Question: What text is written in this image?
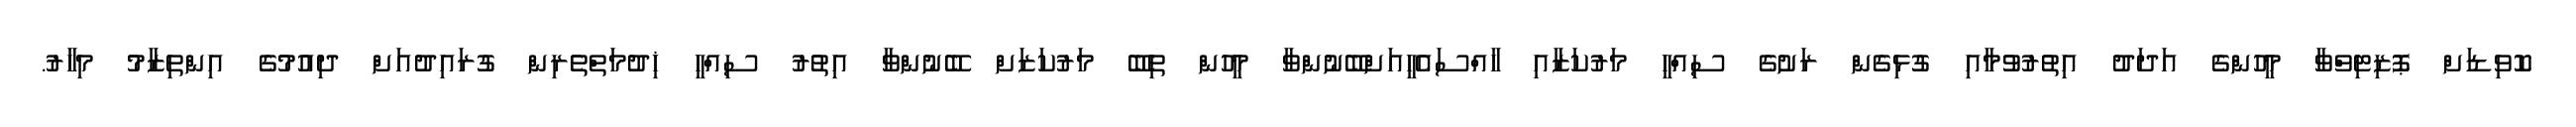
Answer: ކޮވިޑަށް ޕޮޒިޓިވްވާ މީހުންގެ އަދަދު އިތުރުވުމާއި ގުޅިގެން ރަށުގެ ސިއްހީ މަރުކަޒާއި ހާއްސައެހީއަށްބޭނުންވާ މީހުން ތިބޭ މަރުކަޒަށް ބޭނުންވާ އިތުރު ސިއްހީ ޚިދުމަތްތެރިން ގުރައިދުއަށް ދިއުމުގެ އިންތިޒާމު މިހާރު.